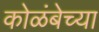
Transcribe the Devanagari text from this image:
कोळंबेच्या